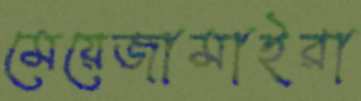
মেয়েজামাইরা